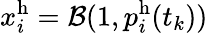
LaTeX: x_{i}^{\mathrm{h}}=\mathcal{B}(1,p_{i}^{\mathrm{h}}(t_{k}))